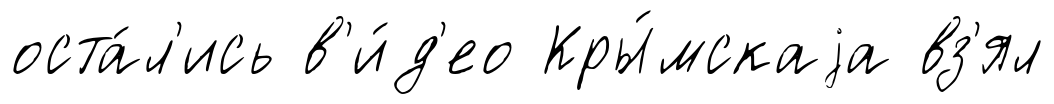
оста́л'ись в'и́д'ео Кры́мскаjа вз'ял